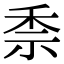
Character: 𥞆